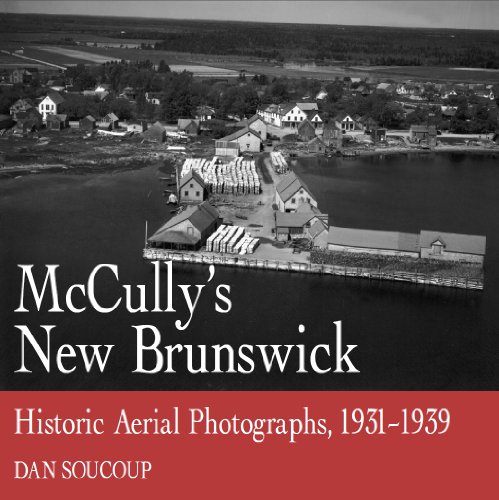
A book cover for McCully's New Brunswick: Photographs From the Air, 1931-1939; Dan Soucoup; Arts & Photography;